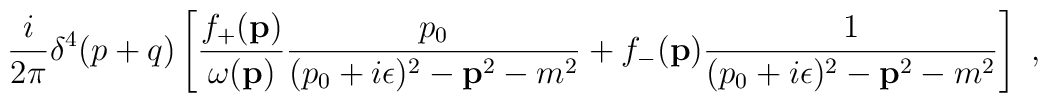
\frac{i}{2\pi} \delta^4 (p+q) \left[ \frac{f_+ ({\bf p})}{\omega ({\bf p})}\frac{p_0}{(p_0 + i\epsilon)^2 - {\bf p}^2 - m^2} + f_- ({\bf p})\frac{1}{(p_0 + i\epsilon)^2 - {\bf p}^2 - m^2} \right] \ ,